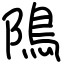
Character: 隝